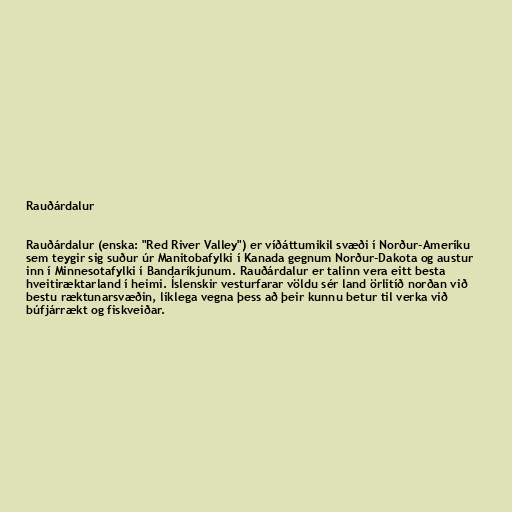
Rauðárdalur

Rauðárdalur (enska: "Red River Valley") er víðáttumikil svæði í Norður-Ameríku
sem teygir sig suður úr Manitobafylki í Kanada gegnum Norður-Dakota og austur
inn í Minnesotafylki í Bandaríkjunum. Rauðárdalur er talinn vera eitt besta
hveitiræktarland í heimi. Íslenskir vesturfarar völdu sér land örlitíð norðan við
bestu ræktunarsvæðin, líklega vegna þess að þeir kunnu betur til verka við
búfjárrækt og fiskveiðar.